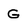
Character: G